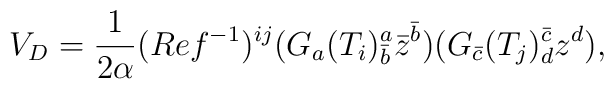
V_D = \frac{1}{2\alpha}(Re f^{-1})^{ij}(G_a(T_i)^a_{\bar b}\bar z^{\bar b})(G_{\bar c}(T_j)^{\bar c}_d z^d),